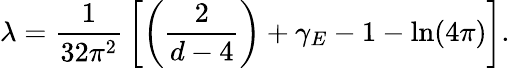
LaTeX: \lambda={\frac{1}{32\pi^{2}}}\left[\left({\frac{2}{d-4}}\right)+\gamma_{E}-1-\mathrm{ln}(4\pi)\right].